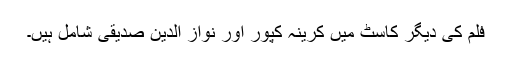
فلم کی دیگر کاسٹ میں کرینہ کپور اور نواز الدین صدیقی شامل ہیں۔